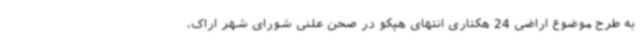
به طرح موضوع اراضی 24 هکتاری انتهای هپکو در صحن علنی شورای شهر اراک،